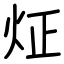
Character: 炡